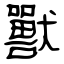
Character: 獸